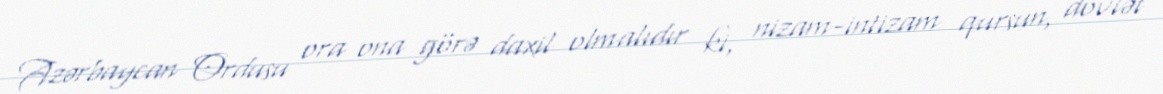
Azərbaycan Ordusu ora ona görə daxil olmalıdır ki, nizam-intizam qursun, dövlət